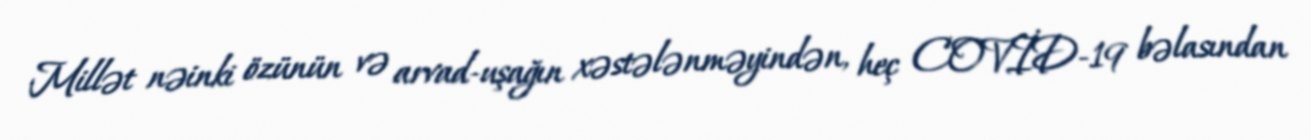
Millət nəinki özünün və arvad-uşağın xəstələnməyindən, heç COVİD-19 bəlasından